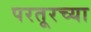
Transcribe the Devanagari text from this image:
परतूरच्या